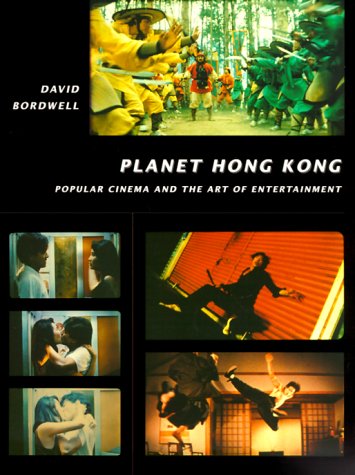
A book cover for Planet Hong Kong: Popular Cinema and the Art of Entertainment; David Bordwell; History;